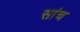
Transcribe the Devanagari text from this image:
सांच